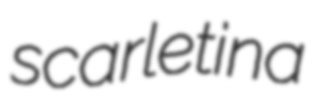
scarletina